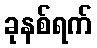
ခုနစ်ရက်